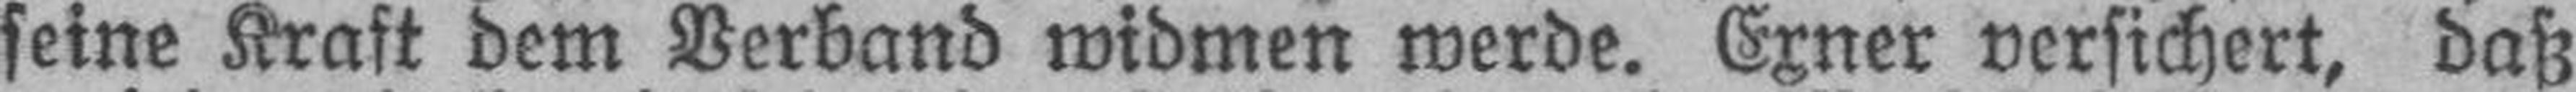
seine Kraft dem Verband widmen werde. Exner versichert, daß